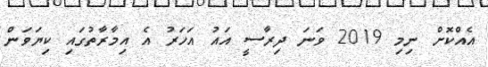
އެއްކޮށް ނިމި 2019 ވަނަ ދިރާސީ އައު އަހަރު އެ އިމާރާތުގައި ކިޔަވަން